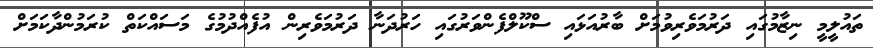
ތައުލީމީ ނިޒާމުގައި ދަރުމަވެރިވުމަށް ބާރުއަޅައި ސްކޫލްފެންވަރުގައި ހަރުދަނާ ދަރުމަވެރިން އުފެއްދުމުގެ މަސައްކަތް ކުރަމުންދާކަމަށް